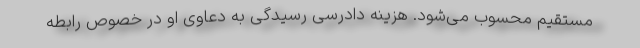
مستقیم محسوب می‌شود. هزینه دادرسی رسیدگی به دعاوی او در خصوص رابطه